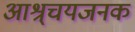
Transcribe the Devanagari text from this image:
आश्र्चयजनक